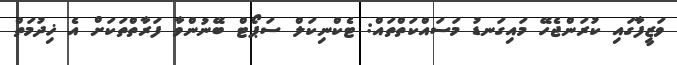
ވަޒީފާގައި ކުރަންޖެހޭ މައިގަނޑު މަސައްކަތްތައް: ޓެކްނިކަލް ސަޕޯޓް ބޭނުންވާ ފަރާތްތަކަށް އެ ޚިދުމަތް